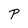
Character: P